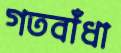
গতবাঁধা